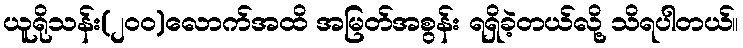
ယူရိုသန်း(၂၀၀)လောက်အထိ အမြတ်အစွန်း ရရှိခဲ့တယ်လို့ သိရပါတယ်။